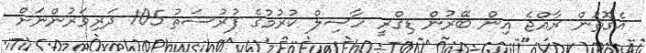
އެގޮތުން ރާއްޖެ އިން ބޭރުން ޑިގްރީ ހާސިލް ކުރުމުގެ ފުރުސަތު 105 ދަރިވަރުންނަށް